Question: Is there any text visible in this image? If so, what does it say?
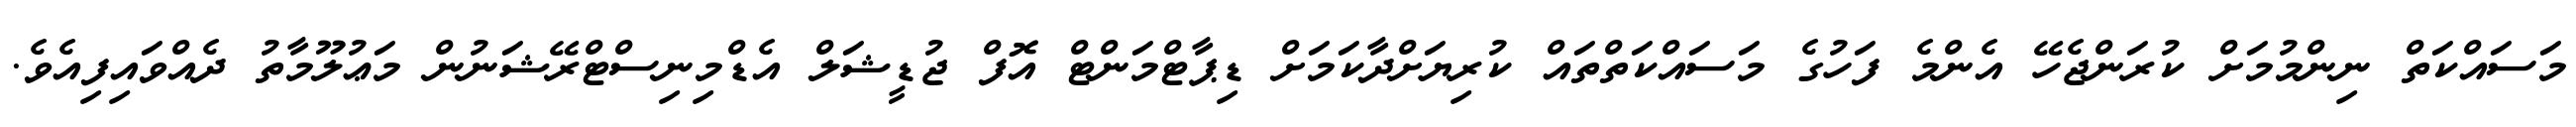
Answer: މަސައްކަތް ނިންމުމަށް ކުރަންޖެހޭ އެންމެ ފަހުގެ މަސައްކަތްތައް ކުރިޔަށްދާކަމަށް ޑިޕާޓްމަންޓް އޮފް ޖުޑީޝަލް އެޑްމިނިސްޓްރޭޝަނުން މަޢުލޫމާތު ދެއްވައިފިއެވެ.